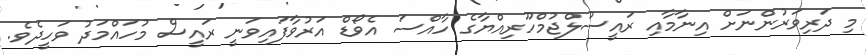
މި ދަރިވަރުންނަށް އިނާމާއި ރައީސުލްޖުމްހޫރިއްޔާގެ ހާއްސަ އެވޯޑް އަރުވާފައިވަނީ ރައީސް މުހައްމަދު ވަހީދެވެ.